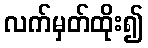
လက်မှတ်ထိုး၍